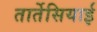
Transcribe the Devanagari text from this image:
तार्तेसियाई